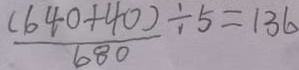
\frac { ( 6 4 0 + 4 0 ) } { 6 8 0 } \div 5 = 1 3 6